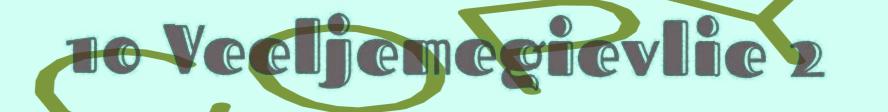
10 Veeljemegievlie 2